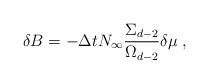
LaTeX: \begin{align*}\delta B=-\Delta tN_{\infty }\frac{\Sigma _{d-2}}{\Omega _{d-2}}\delta \mu\;, \end{align*}